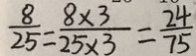
\frac { 8 } { 2 5 } = \frac { 8 \times 3 } { 2 5 \times 3 } = \frac { 2 4 } { 7 5 }